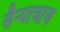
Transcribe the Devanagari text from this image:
सैन्याचाच